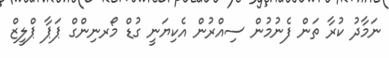
ނަމާދު ކުރާ ތަން ފެނުމުން ސިއްރުން އެކިޔަނީ ގުޑް މޯރނިންގް ޕަޕާ ޕްލީޒް